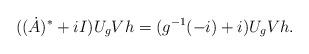
LaTeX: \begin{align*}((\dot A)^*+iI)U_gVh=(g^{-1}(-i)+i)U_gVh.\end{align*}